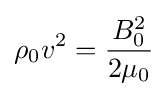
\rho _{0}v^{2}={\frac {B_{0}^{2}}{2\mu _{0}}}